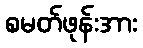
စမတ်ဖုန်းအား